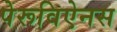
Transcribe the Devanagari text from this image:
पेरूविऐनस